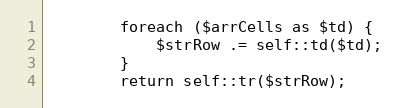
Language: PHP
        foreach ($arrCells as $td) {
            $strRow .= self::td($td);
        }
        return self::tr($strRow);